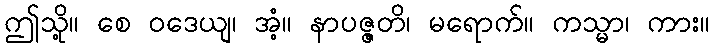
ဤသို့။ စေ ဝဒေယျ၊ အံ့။ နာပဇ္ဇတိ၊ မရောက်။ ကသ္မာ၊ ကား။